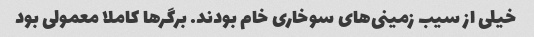
خیلی از سیب زمینی‌های سوخاری خام بودند. برگرها کاملا معمولی بود